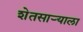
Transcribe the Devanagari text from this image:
शेतसाऱ्याला